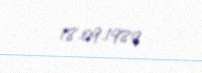
18.09.1989